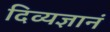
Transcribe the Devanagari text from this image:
दिव्यज्ञानं